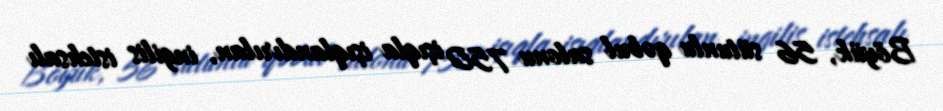
Böyük, 56 sütunlu qəbul salonu 750 işıqla işıqlandırılan, ingilis istehsalı